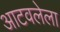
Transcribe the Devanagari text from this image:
आटवलेला